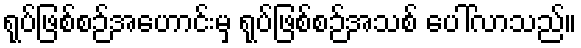
ရုပ်ဖြစ်စဉ်အဟောင်းမှ ရုပ်ဖြစ်စဉ်အသစ် ပေါ်လာသည်။